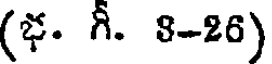
(భ. గీ. 8-26)